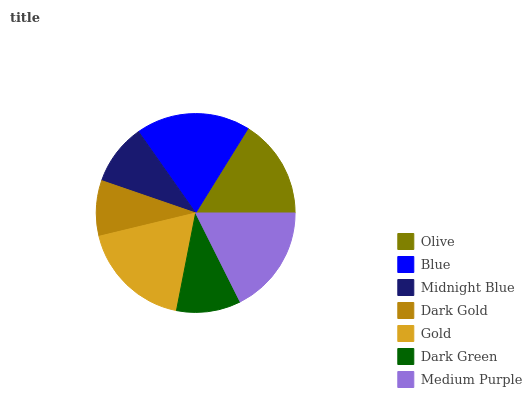
| Olive | Blue | Midnight Blue | Dark Gold | Gold | Dark Green | Medium Purple |
 | --- | --- | --- | --- | --- | --- | --- |
 | 16.2% | 18.6% | 9.96% | 9.03% | 18.1% | 10.5% | 17.6% |